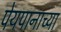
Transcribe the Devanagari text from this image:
पेयपानाच्या